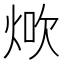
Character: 𤉚